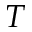
T